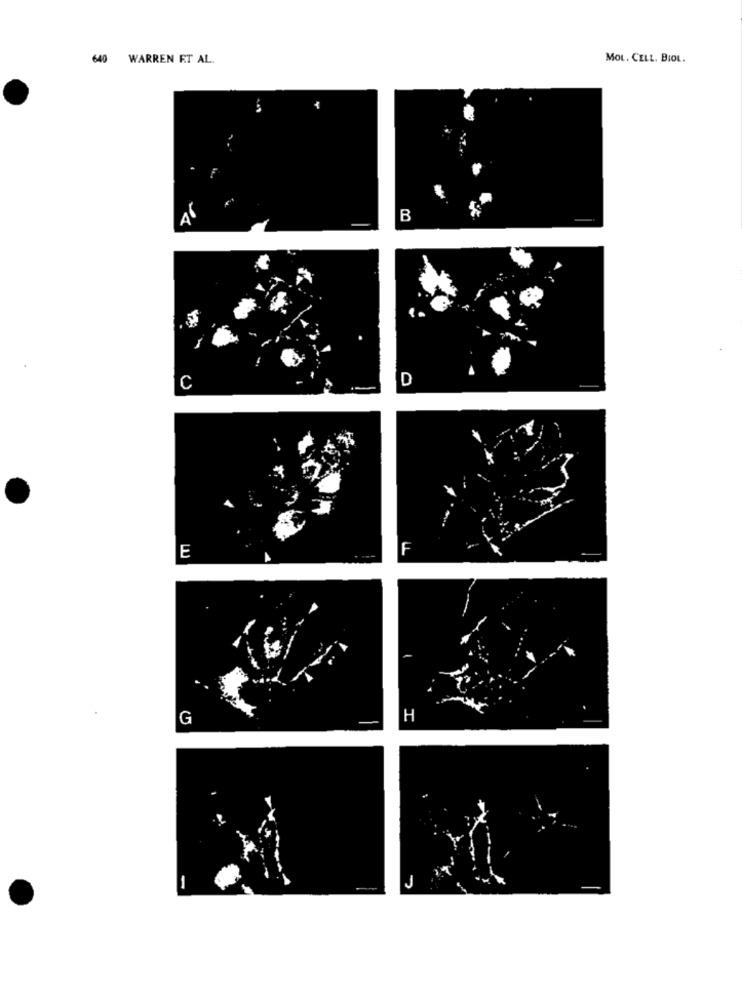
640
WARREN ET AL.
MOL. CELL. BIOL.
F
B
D
C
F
E
G
H
-